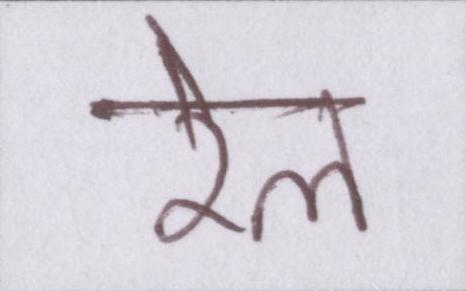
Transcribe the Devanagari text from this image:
रेल